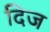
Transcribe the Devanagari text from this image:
दिज